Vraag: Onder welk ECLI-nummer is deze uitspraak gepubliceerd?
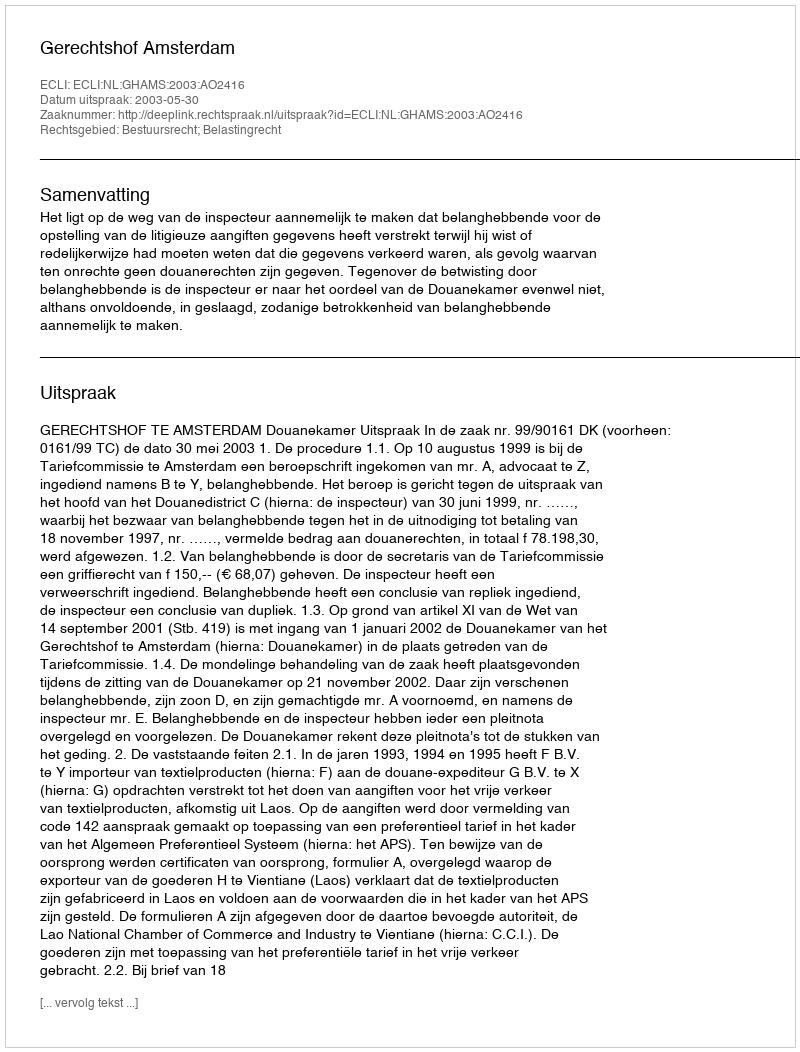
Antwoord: ECLI:NL:GHAMS:2003:AO2416